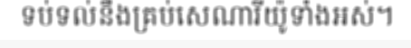
ទប់ទល់នឹងគ្រប់សេណារីយ៉ូទាំងអស់។